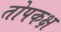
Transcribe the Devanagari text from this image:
तोपकक्ष